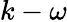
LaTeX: k-\omega